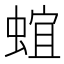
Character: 𰳈